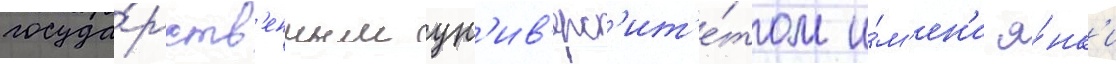
госуда́рств'енным ун'ив'ерс'ит'е́том и́м'ен'и я́нк'и